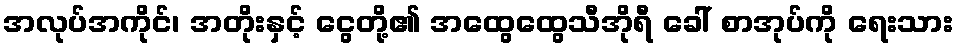
အလုပ်အကိုင်၊ အတိုးနှင့် ငွေတို့၏ အထွေထွေသီအိုရီ ခေါ် စာအုပ်ကို ရေးသား